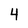
Character: 4